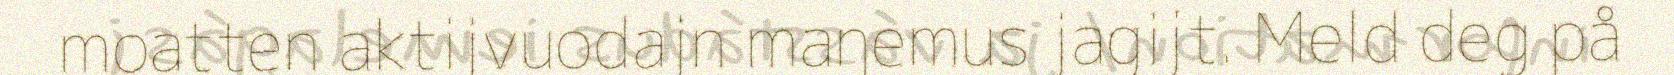
moatten aktijvuodajn maŋemus jagijt. Meld deg på